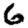
Digit: 6